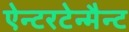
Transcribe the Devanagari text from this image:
ऐन्टरटेन्मैन्ट